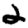
Digit: 2